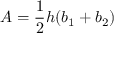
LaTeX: A = { \frac { 1 } { 2 } } h ( b _ { 1 } + b _ { 2 } )